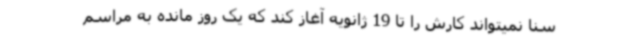
سنا نمیتواند کارش را تا 19 ژانویه آغاز کند که یک روز مانده به مراسم